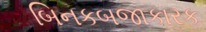
બિનકબજાકારક